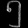
Digit: ၅